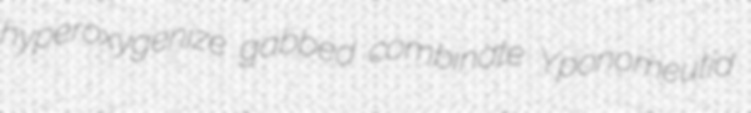
hyperoxygenize gabbed combinate Yponomeutid